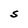
Character: S